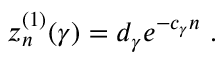
z _ { n } ^ { ( 1 ) } ( \gamma ) = d _ { \gamma } e ^ { - c _ { \gamma } n } \ .